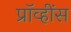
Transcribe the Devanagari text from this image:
प्रॉव्हींस